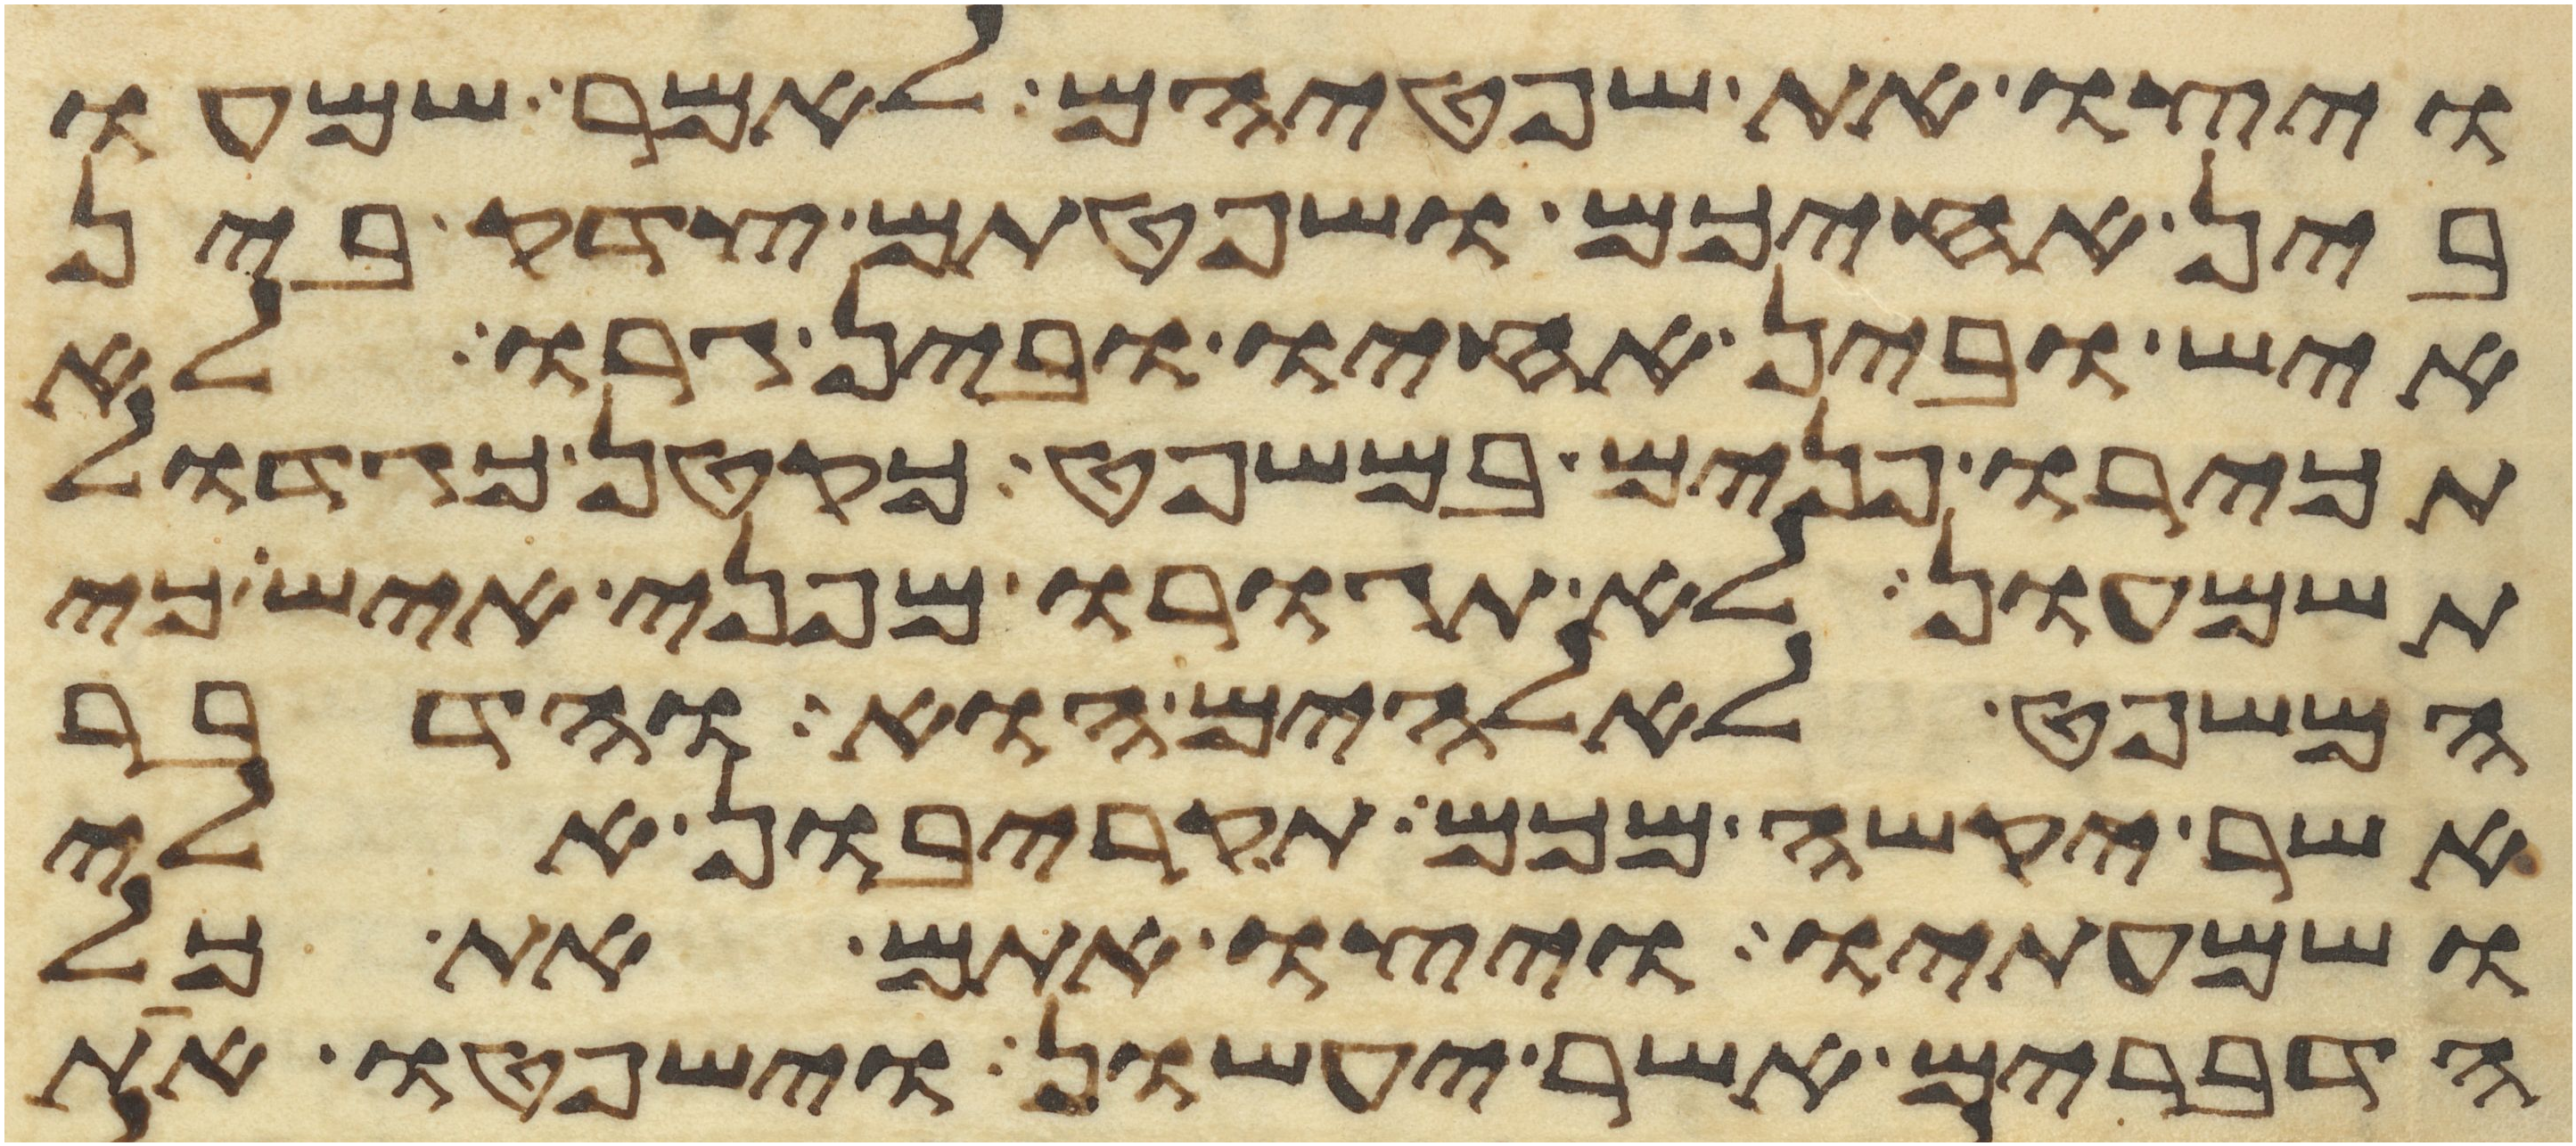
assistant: ויצו את שפטיהם לאמר שמעו
בין אחיכם ושפטתם צדק בין
איש ובין אחיו ובין גרו לא
תכירו פנים במשפט כקטן כגדול
תשמעון לא תגורו מפני איש כי
המשפט לאלהים הוא והדבר
אשר יקשה מכם תקריבון אלי
ושמעתיו ויצו אתם את כל
הדברים אשר יעשון וישפטו את